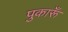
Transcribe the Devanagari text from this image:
पुकारूँ